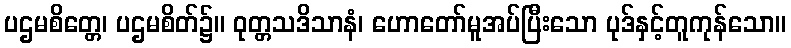
ပဌမစိတ္တေ၊ ပဌမစိတ်၌။ ဝုတ္တသဒိသာနံ၊ ဟောတော်မူအပ်ပြီးသော ပုဒ်နှင့်တူကုန်သော။